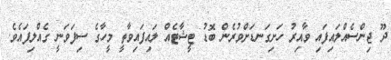
ދޫ ޖިންސެއްލައިފައި ވާއިރު ހަށިގަނޑަށްވުރެން ބޮޑު ޓީޝާޓެއް ލައިފައިވާތީ މީހާގެ ސިފަވަނީ ގެއްލިފައެވެ.